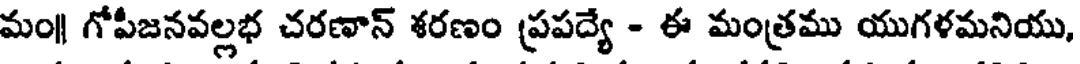
మం|| గోపీజనవల్లభ చరణాన్ శరణం ప్రపద్యే - ఈ మంత్రము యుగళమనియు,